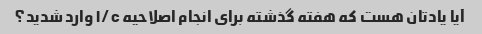
آیا یادتان هست که هفته گذشته برای انجام اصلاحیه l/c وارد شدید؟